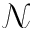
\mathcal { N }